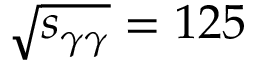
\sqrt { s _ { \gamma \gamma } } = 1 2 5